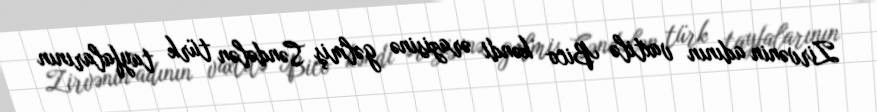
Zirvənin adının vaxtilə Bico kəndi ərazisinə gəlmiş Səndələn türk tayfalarının